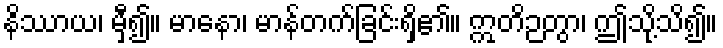
နိဿာယ၊ မှီ၍။ မာနော၊ မာန်တက်ခြင်းရှိ၏။ ဣတိဉတွာ၊ ဤသို့သိ၍။